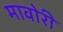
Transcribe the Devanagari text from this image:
मावोरी